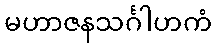
မဟာဇနသင်္ဂါဟကံ